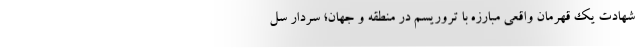
شهادت یک قهرمان واقعی مبارزه با تروریسم در منطقه و جهان؛ سردار سل